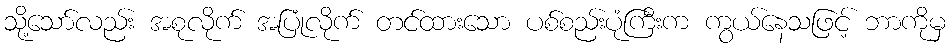
သို့သော်လည်း အစုလိုက် အပြုံလိုက် တင်ထားသော ပစ်စည်းပုံကြီးက ကွယ်နေသဖြင့် ဘာကိုမှ